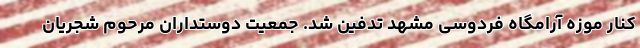
کنار موزه آرامگاه فردوسی مشهد تدفین شد. جمعیت دوستداران مرحوم شجریان